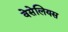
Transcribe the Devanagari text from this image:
वेसेलियस